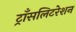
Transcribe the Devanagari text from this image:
ट्राँसलिटरेशन